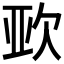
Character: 𭭈